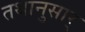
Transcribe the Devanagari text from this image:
तथानुसार्